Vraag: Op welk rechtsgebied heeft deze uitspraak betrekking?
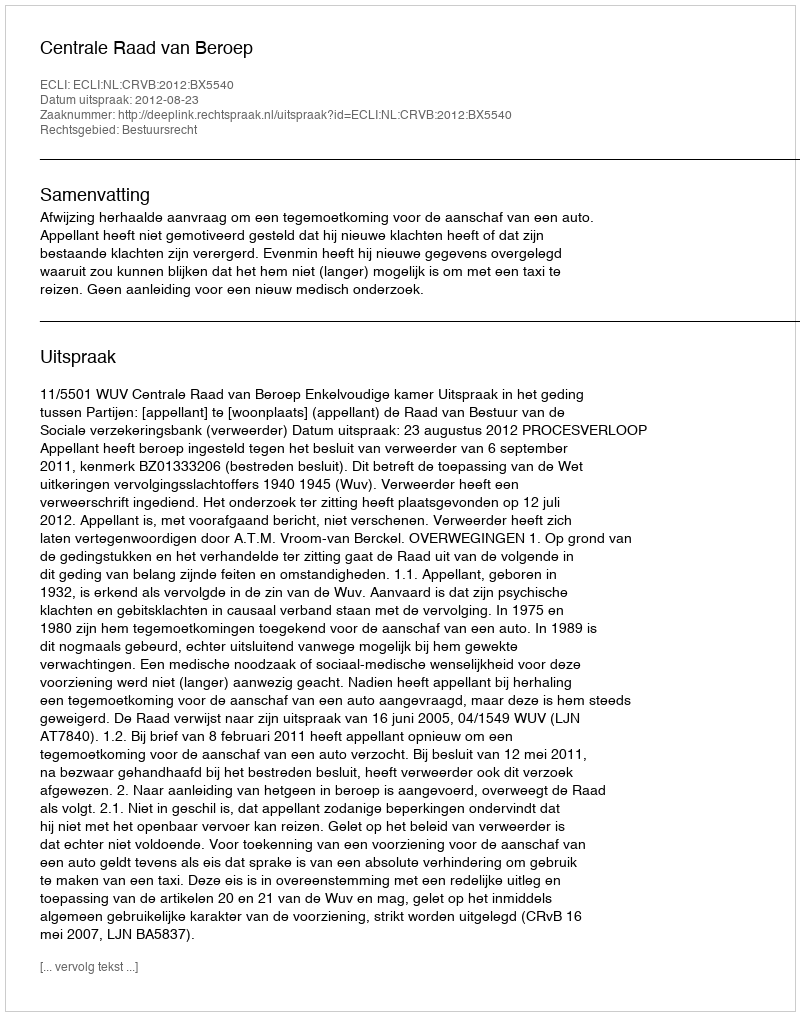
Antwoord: Bestuursrecht